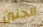
الجنين